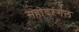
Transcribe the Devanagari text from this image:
सहोदरंगल